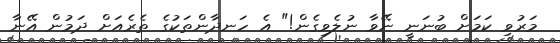
މަރުވި ކަމަށް ބުނަނީ ނޭވާ ނުލެވިގެން!" އެ ހަނދާންތަކުގެ ތެރެއަށް ދަމުން އޭނާ